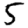
Digit: 5